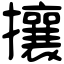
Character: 攘